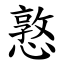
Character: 憝